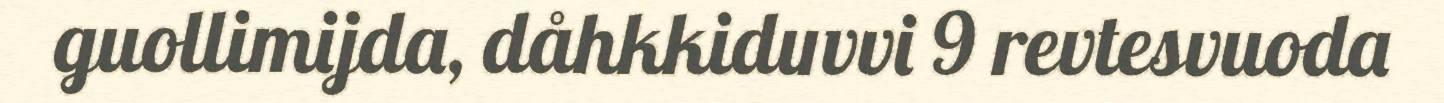
guollimijda, dåhkkiduvvi 9 revtesvuoda